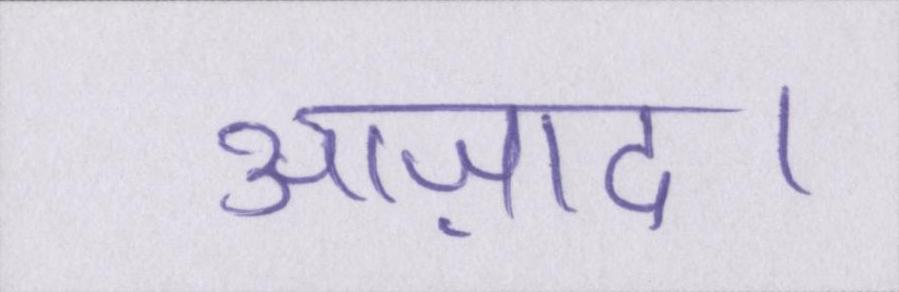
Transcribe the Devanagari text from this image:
आज़ाद।